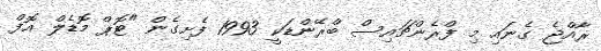
ރާއްޖެ ގެނައި މި ފްރެންޗައިސް ބްރޭންޑަކީ 1993 ފެށިގެން "ޓޮޕް މޮޑެލް އޮފް